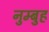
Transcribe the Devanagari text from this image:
नुम्बुह